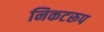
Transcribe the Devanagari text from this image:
निकटरूप